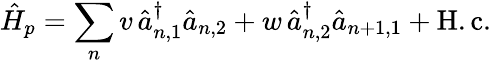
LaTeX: \hat{H}_{p}=\sum_{n}v\, \hat{a}_{n,1}^{\dagger}\hat{a}_{n,2}+w\, \hat{a}_{n,2}^{\dagger}\hat{a}_{n+1,1}+\mathrm{H.c.}